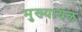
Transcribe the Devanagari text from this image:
मुख्‍यायल